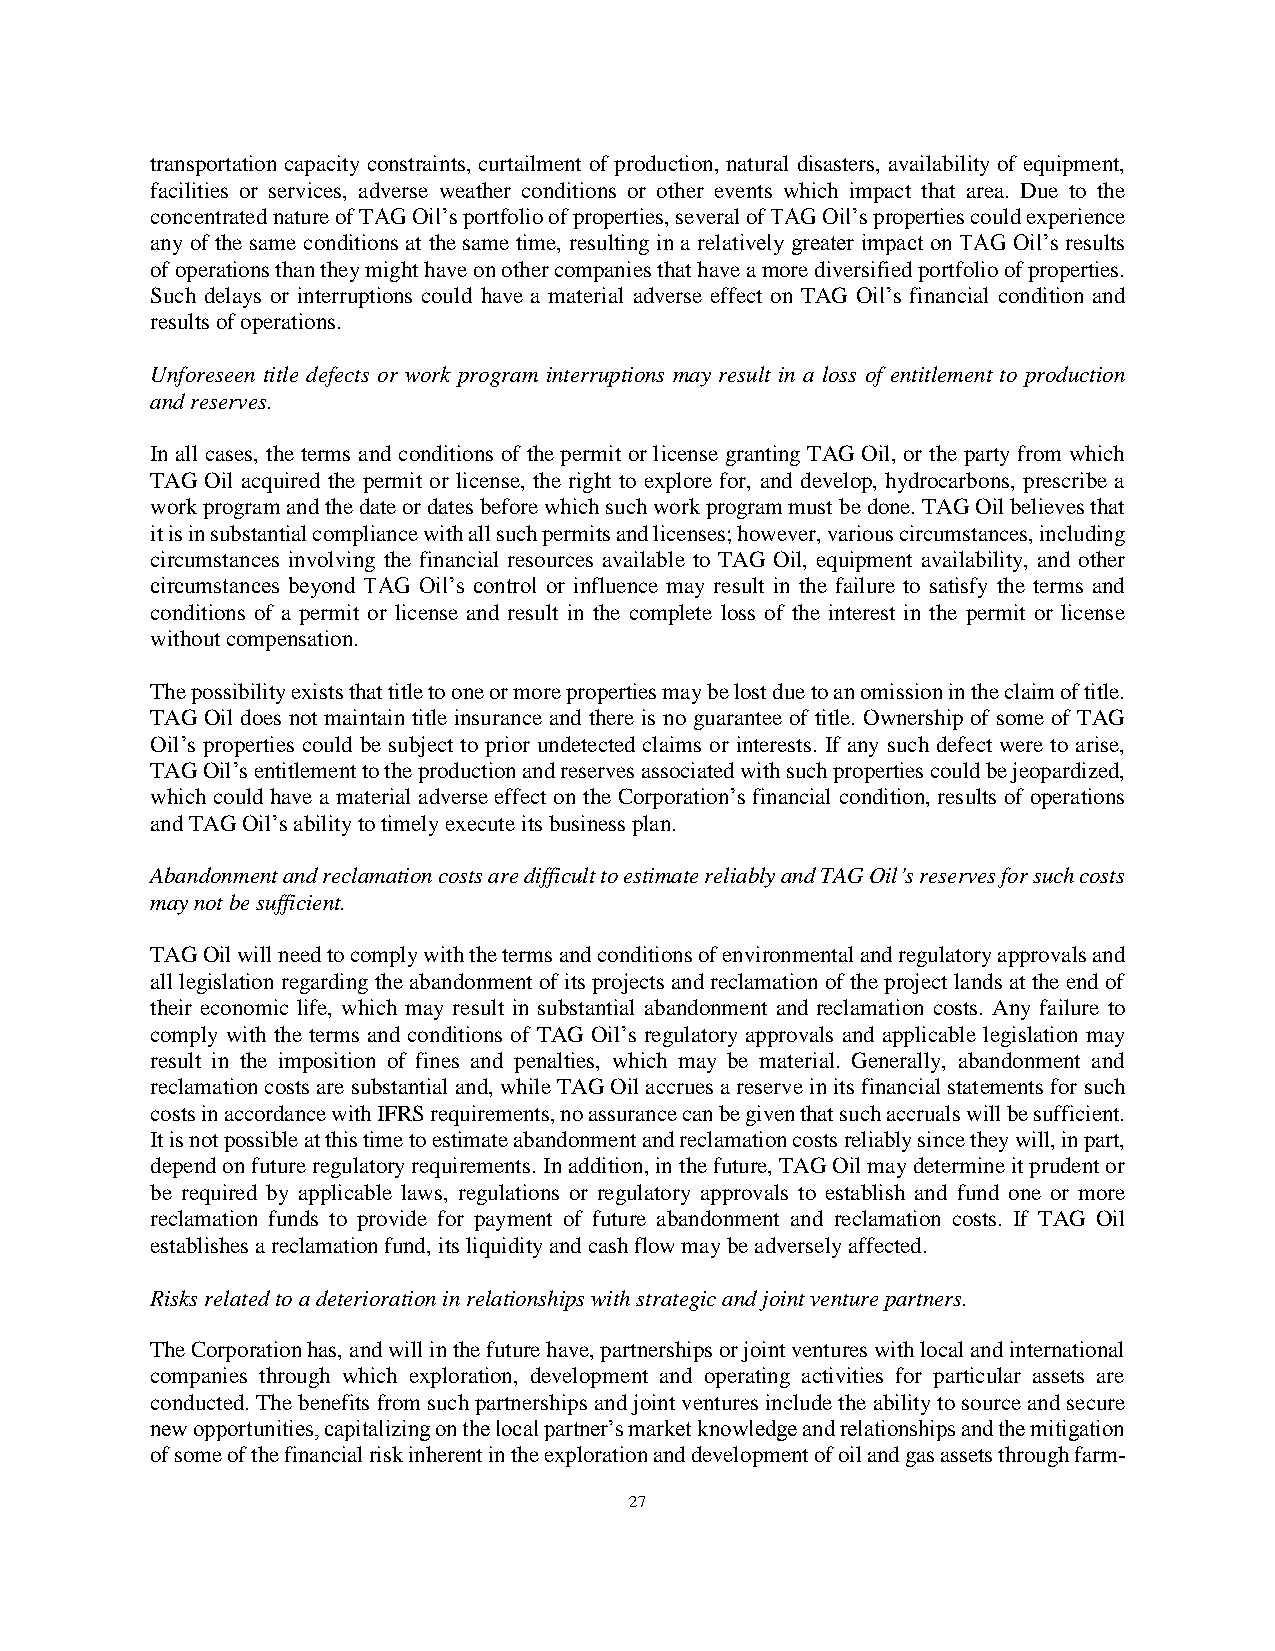
transportation capacity constraints, curtailment of production, natural disasters, availability of equipment,
 facilities or services, adverse weather conditions or other events which impact that area. Due to the
 concentrated nature of TAG Oil’s portfolio of properties, several of TAG Oil’s properties could experience
 any of the same conditions at the same time, resulting in a relatively greater impact on TAG Oil’s results
 of operations than they might have on other companies that have a more diversified portfolio of properties.
 Such delays or interruptions could have a material adverse effect on TAG Oil’s financial condition and
 results of operations.
 Unforeseen title defects or work program interruptions may result in a loss of entitlement to production
 and reserves.
 In all cases, the terms and conditions of the permit or license granting TAG Oil, or the party from which
 TAG Oil acquired the permit or license, the right to explore for, and develop, hydrocarbons, prescribe a
 work program and the date or dates before which such work program must be done. TAG Oil believes that
 it is in substantial compliance with all such permits and licenses; however, various circumstances, including
 circumstances involving the financial resources available to TAG Oil, equipment availability, and other
 circumstances beyond TAG Oil’s control or influence may result in the failure to satisfy the terms and
 conditions of a permit or license and result in the complete loss of the interest in the permit or license
 without compensation.
 The possibility exists that title to one or more properties may be lost due to an omission in the claim of title.
 TAG Oil does not maintain title insurance and there is no guarantee of title. Ownership of some of TAG
 Oil’s properties could be subject to prior undetected claims or interests. If any such defect were to arise,
 TAG Oil’s entitlement to the production and reserves associated with such properties could be jeopardized,
 which could have a material adverse effect on the Corporation’s financial condition, results of operations
 and TAG Oil’s ability to timely execute its business plan.
 Abandonment and reclamation costs are difficult to estimate reliably and TAG Oil’s reserves for such costs
 may not be sufficient.
 TAG Oil will need to comply with the terms and conditions of environmental and regulatory approvals and
 all legislation regarding the abandonment of its projects and reclamation of the project lands at the end of
 their economic life, which may result in substantial abandonment and reclamation costs. Any failure to
 comply with the terms and conditions of TAG Oil’s regulatory approvals and applicable legislation may
 result in the imposition of fines and penalties, which may be material. Generally, abandonment and
 reclamation costs are substantial and, while TAG Oil accrues a reserve in its financial statements for such
 costs in accordance with IFRS requirements, no assurance can be given that such accruals will be sufficient.
 It is not possible at this time to estimate abandonment and reclamation costs reliably since they will, in part,
 depend on future regulatory requirements. In addition, in the future, TAG Oil may determine it prudent or
 be required by applicable laws, regulations or regulatory approvals to establish and fund one or more
 reclamation funds to provide for payment of future abandonment and reclamation costs. If TAG Oil
 establishes a reclamation fund, its liquidity and cash flow may be adversely affected.
 Risks related to a deterioration in relationships with strategic and joint venture partners.
 The Corporation has, and will in the future have, partnerships or joint ventures with local and international
 companies through which exploration, development and operating activities for particular assets are
 conducted. The benefits from such partnerships and joint ventures include the ability to source and secure
 new opportunities, capitalizing on the local partner’s market knowledge and relationships and the mitigation
 of some of the financial risk inherent in the exploration and development of oil and gas assets through farm-
 27